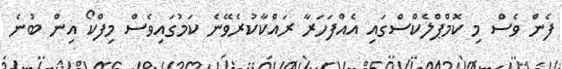
ފެން ވެސް މި ކޮމްޕްލެކްސްގައި އެއްފަހަރާ ރައްކާކުރެވޭނެ ކަމުގައިވެސް މިފްކޯ އިން ބުނެ